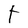
Character: t